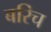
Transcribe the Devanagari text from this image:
बरिच